Vaccination in the Punjab 1897-1904 - 1897-1904
Year: 1897
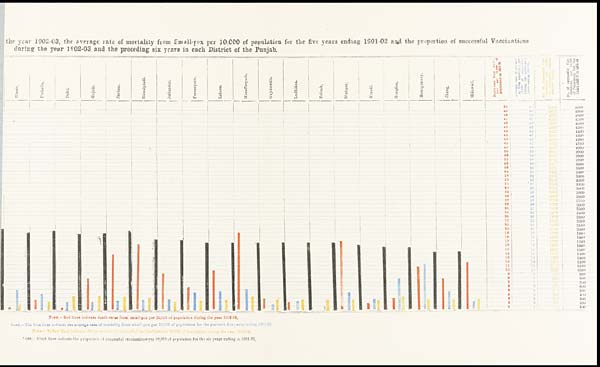
the year 1902-03, the average rate of mortality from Small-pox per 10,000 of population for the five years ending 1901-02 and the proportion of successful Vaccinations
during the year 1902-03 and the preceding six years in each District of the Punjab.